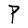
Character: P